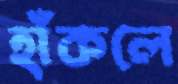
হাঁকলে